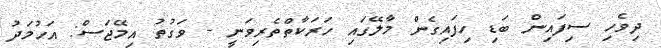
ދިވެހި ސިފައިން ބަޑި ހިފައިގެން މާލޭގައި ހަރަކާތްތެރިވަނީ - ވަގުތު އިމޭޖަސް: އަހުމަދު